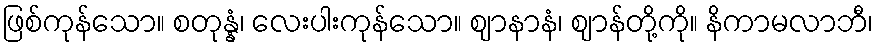
ဖြစ်ကုန်သော။ စတုန္နံ၊ လေးပါးကုန်သော။ ဈာနာနံ၊ ဈာန်တို့ကို။ နိကာမလာဘီ၊